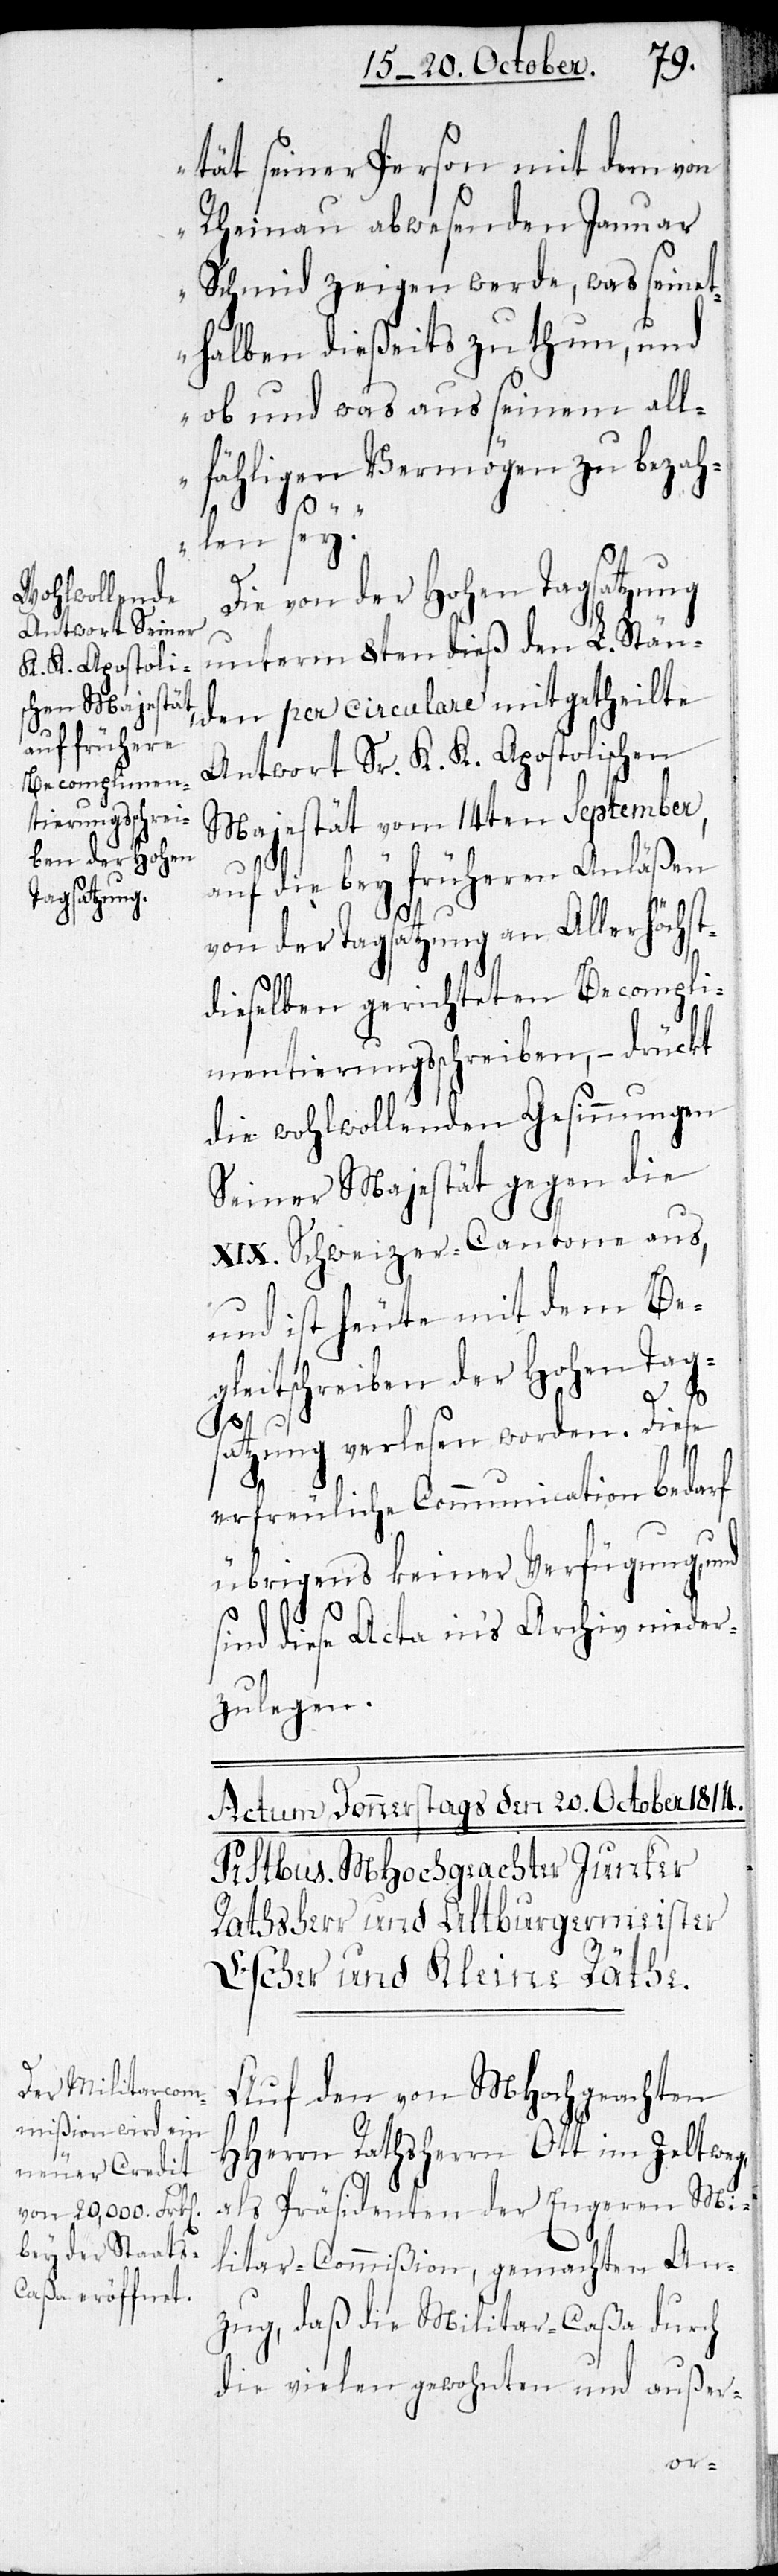
tät seiner Person mit dem von
Rheinau abwesenden Januar
Schmid zeigen werde, was seinet¬
halben dießeits zu thun, und
ob und was aus seinem all¬
fähligen Vermögen zu bezah¬
len sey.“
Die von der Hohen Tagsatzung
unterm 8ten dieß den L. Stän¬
den per circulare mitgetheilte
Antwort Sr. K. K. Apostolischen
Majestät vom 14ten September,
auf die bey früheren Anläßen
von der Tagsatzung an Allerhöchst¬
dieselben gerichteten Becompli¬
mentierungsschreiben, – drückt
die wohlwollenden Gesinnungen
Seiner Majestät gegen die
XIX. Schweizer Cantone aus,
und ist heute mit dem Be¬
gleitschreiben der Hohen Tag¬
satzung verlesen worden. Diese
erfreuliche Communication bedarf
übrigens keiner Verfügung, und
sind diese Acta ins Archiv nieder¬
zulegen.
Auf den von MHochgeachten
HHerrn Rathsherrn Ott im Zeltweg,
als Präsidenten der Engeren Mi¬
litar-Commißion, gemachten An¬
zug, daß die Militar-Caßa durch
die vielen gewohnten und außer-